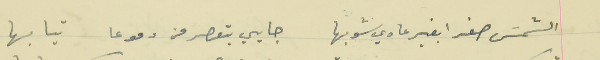
الشمسَ صفرا بغير عادي شوبها                                  جايي بتعصر من دموعا  تيابها